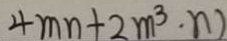
4 m n + 2 m ^ { 3 } \cdot n )